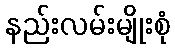
နည်းလမ်းမျိုးစုံ